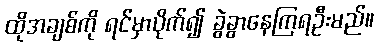
ထိုအချစ်ကို ရင်မှာပိုက်၍ ခွဲခွာနေကြရဦးမည်။